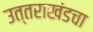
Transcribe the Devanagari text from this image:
उत्तराखंडचा